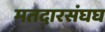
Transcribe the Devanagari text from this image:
मतदारसंघघ